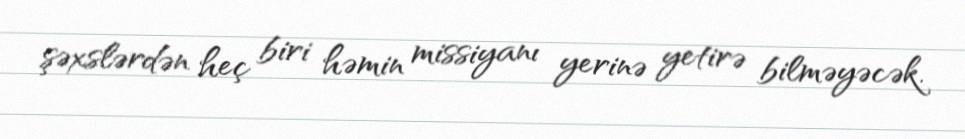
şəxslərdən heç biri həmin missiyanı yerinə yetirə bilməyəcək.